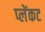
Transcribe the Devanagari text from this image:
प्लेंकट